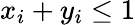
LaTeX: x_{i}+y_{i}\leq 1